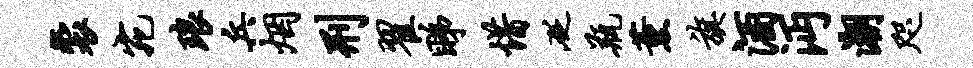
裘宛琅兵烟刑翟睇惜砭瓶薰旗酒沔潮咫